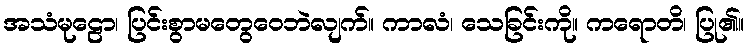
အသံမုဠော၊ ပြင်းစွာမတွေဝေဘဲလျက်။ ကာလံ၊ သေခြင်းကို။ ကရောတိ၊ ပြု၏။